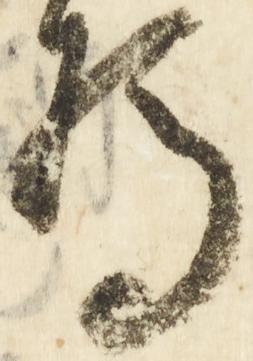
為